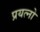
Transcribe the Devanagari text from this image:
प्रयत्नो